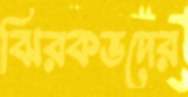
ঝিরকভদের